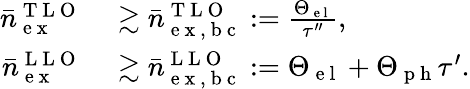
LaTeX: \begin{array}{rl}{\bar{n}_{\mathrm{~e~x~}}^{\mathrm{~T~L~O~}}}&{{}\gtrsim\bar{n}_{\mathrm{~e~x~,~b~c~}}^{\mathrm{~T~L~O~}}:=\frac{\Theta_{\mathrm{~e~l~}}}{\tau^{\prime\prime}},}\\ {\bar{n}_{\mathrm{~e~x~}}^{\mathrm{~L~L~O~}}}&{{}\gtrsim\bar{n}_{\mathrm{~e~x~,~b~c~}}^{\mathrm{~L~L~O~}}:=\Theta_{\mathrm{~e~l~}}+\Theta_{\mathrm{~p~h~}}\tau^{\prime}.}\end{array}